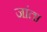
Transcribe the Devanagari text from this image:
जांता